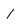
Character: 1